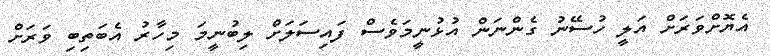
އެޔޮށްވަރަށް އަލީ ހުސޭނު ގެންނަން އުޅުނީމަވެސް ފައިސަލަށް ލިބުނީމަ މިހާރު އެބަތިބި ވަރަށް